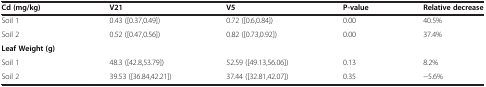
<table><thead><tr><td><b>Cd (mg/kg)</b></td><td><b>V21</b></td><td><b>V5</b></td><td><b>P-value</b></td><td><b>Relative decrease</b></td></tr></thead><tbody><tr><td>Soil 1</td><td>0.43 ([0.37,0.49])</td><td>0.72 ([0.6,0.84])</td><td>0.00</td><td>40.5%</td></tr><tr><td>Soil 2</td><td>0.52 ([0.47,0.56])</td><td>0.82 ([0.73,0.92])</td><td>0.00</td><td>37.4%</td></tr><tr><td><b>Leaf Weight (g)</b></td><td> </td><td> </td><td> </td><td> </td></tr><tr><td>Soil 1</td><td>48.3 ([42.8,53.79])</td><td>52.59 ([49.13,56.06])</td><td>0.13</td><td>8.2%</td></tr><tr><td>Soil 2</td><td>39.53 ([36.84,42.21])</td><td>37.44 ([32.81,42.07])</td><td>0.35</td><td>−5.6%</td></tr></tbody></table>